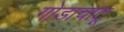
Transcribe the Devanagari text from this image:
गोडाचाटू